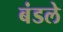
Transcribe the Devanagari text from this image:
बंडले